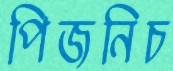
পিজনিচ